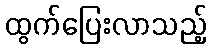
ထွက်ပြေးလာသည့်